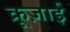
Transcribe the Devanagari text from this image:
क्रूज़ाई